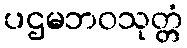
ပဌမဘဝသုတ္တံ